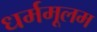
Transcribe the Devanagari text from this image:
धर्ममूलम